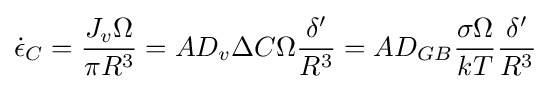
{\dot {\epsilon }}_{C}={\frac {J_{v}\Omega }{\pi R^{3}}}=AD_{v}\Delta C\Omega {\frac {\delta '}{R^{3}}}=AD_{GB}{\frac {\sigma \Omega }{kT}}{\frac {\delta '}{R^{3}}}